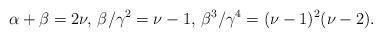
LaTeX: \begin{align*}\alpha+\beta=2\nu,\,\beta/\gamma^2=\nu-1,\,\beta^3/\gamma^4=(\nu-1)^2 (\nu-2).\end{align*}